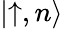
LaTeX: \left|\uparrow,n\right\rangle